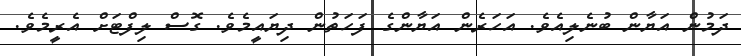
ދަމުން އަޔާން ބުނެލިއެވެ. އަހަރެން އަޔާންގެ ފަހަތުން ދިޔައީމެވެ. ގޮސް ލިފްޓަށް އެރީމެވެ.